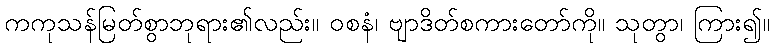
ကကုသန်မြတ်စွာဘုရား၏လည်း။ ဝစနံ၊ ဗျာဒိတ်စကားတော်ကို။ သုတွာ၊ ကြား၍။